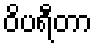
ဝိပရီတာ